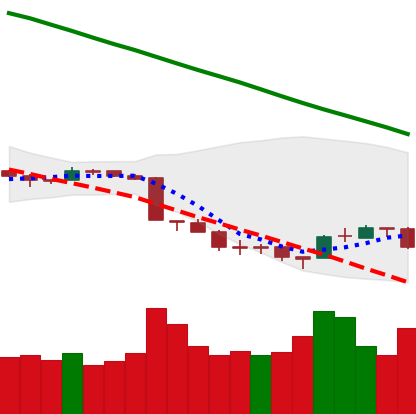
Ticker: ETH-USD
Chart end date: 2018-09-17
Forward return: 21.531%
Label: up_7plus